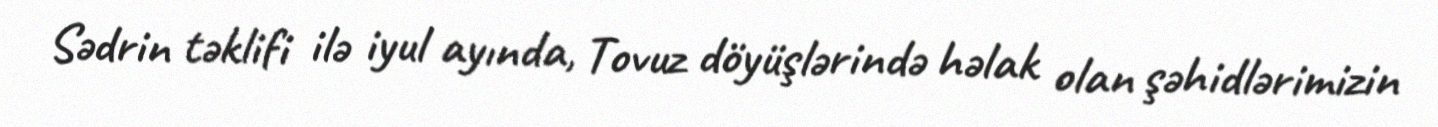
Sədrin təklifi ilə iyul ayında, Tovuz döyüşlərində həlak olan şəhidlərimizin